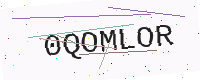
Text: 0QOMLOR